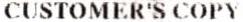
CUSTOMER'S COPY